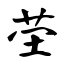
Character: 茔